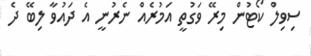
ސިވިލް ކޯޓުން މިރޭ ވަގުތީ އަމުރެއް ނެރުނީ އެ ދައުވާ ލިބޭ ދެ